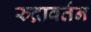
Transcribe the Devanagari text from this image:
रुद्रावर्तन